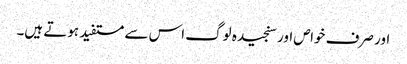
اور صرف خواص اور سنجیدہ لوگ اس سے مستفید ہوتے ہیں۔